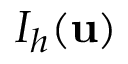
I _ { h } ( \mathbf { u } )